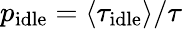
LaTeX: p_{\mathrm{idle}}=\left<\tau_{\mathrm{idle}}\right>/\tau